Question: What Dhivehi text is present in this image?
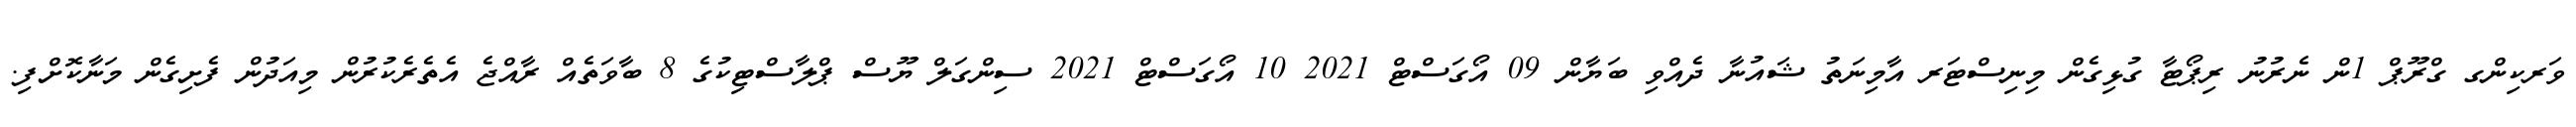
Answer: ވަރކިންގ ގްރޫޕް 1ން ނެރުނު ރިޕޯޓާ ގުޅިގެން މިނިސްޓަރ އާމިނަތު ޝައުނާ ދެއްވި ބަޔާން 09 އޯގަސްޓް 2021 10 އޯގަސްޓް 2021 ސިންގަލް ޔޫސް ޕްލާސްޓިކުގެ 8 ބާވަތެއް ރާއްޖެ އެތެރެކުރުން މިއަދުން ފެށިގެން މަނާކޮށްފި.